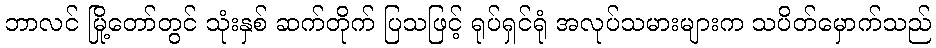
ဘာလင် မြို့တော်တွင် သုံးနှစ် ဆက်တိုက် ပြသဖြင့် ရုပ်ရှင်ရုံ အလုပ်သမားများက သပိတ်မှောက်သည်